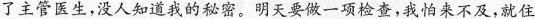
了主管医生，没人知道我的秘密。明天要做一项检查，我怕来不及，就住